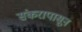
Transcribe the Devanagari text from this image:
संकरापासून